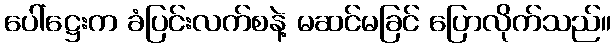
ပေါ်ဋ္ဌေးက ခံပြင်းလက်စနဲ့ မဆင်မခြင် ပြောလိုက်သည်။